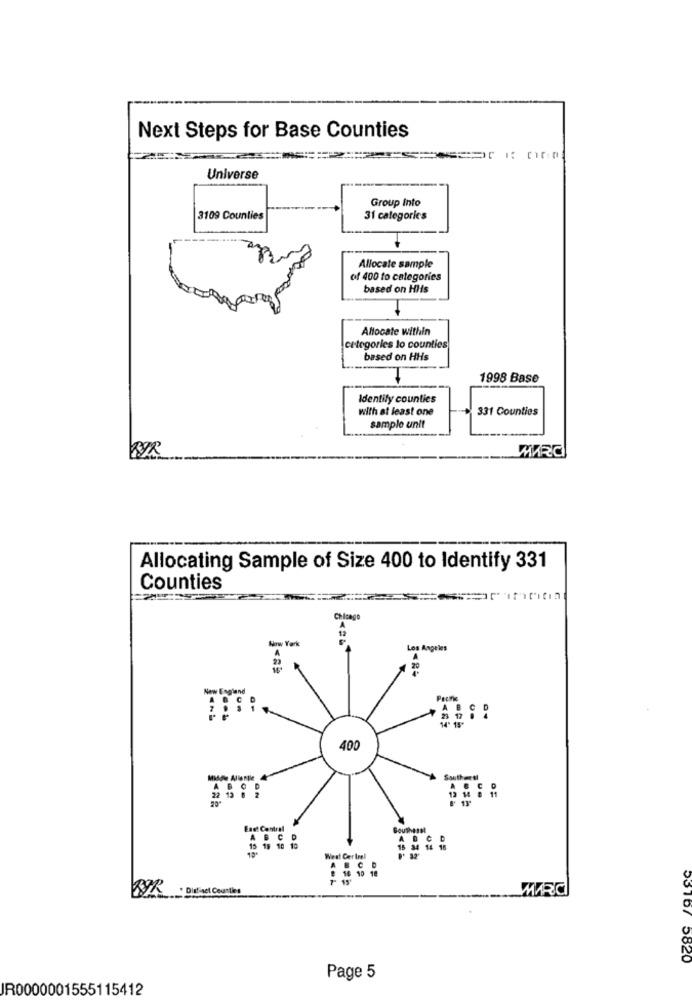
Next Steps for Base Counties
Universe
Group Into
3109 Counties
31 categories
Allocate sample
of 400 to categories
based on His
Allocate within
categories lo counties
based on HHs
1998 Base
Identify counties
with at least one
331 Counties
sample unit
MARC
Allocating Sample of Size 400 to Identify 331
Counties
Chicago
New York
Los Angeles
20
New England
400
Southett
OF
Enet Central
Southeast
15 19 101
West Gerirel
A
SYR Distinct Counties
53167 5820
Page 5
IR0000001555115412